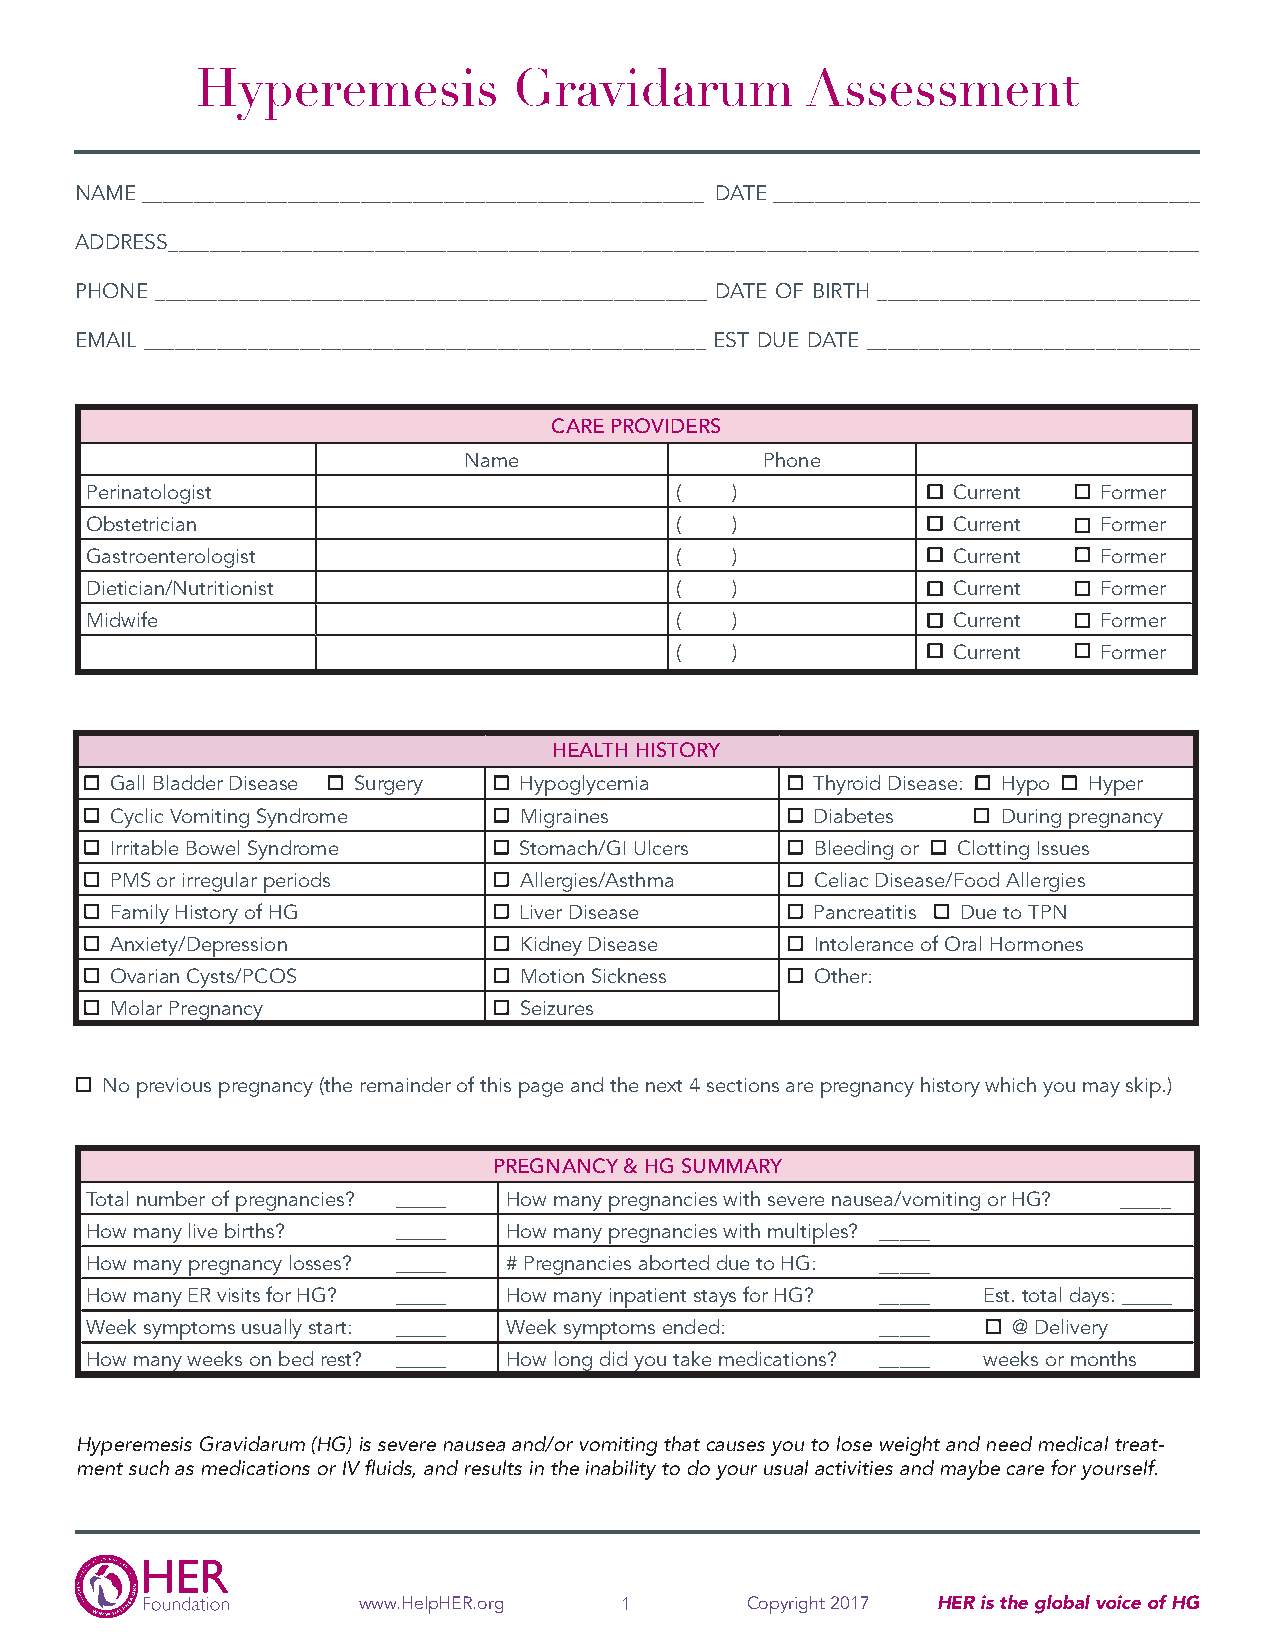
Hyperemesis          Gravidarum         Assessment
 NAME ______________________________________________________ DATE _________________________________________
 ADDRESS ____________________________________________________________________________________________________
 PHONE _____________________________________________________ DATE OF BIRTH _______________________________
 EMAIL ______________________________________________________ EST DUE DATE ________________________________
 CARE PROVIDERS
 Name                Phone
 Perinatologist                         (  )              Current   Former
 Obstetrician                           (  )              Current   Former
 Gastroenterologist                     (  )              Current   Former
 Dietician/Nutritionist                 (  )              Current   Former
 Midwife                                (  )              Current   Former
 (  )              Current   Former
 HEALTH HISTORY
 Gall Bladder Disease Surgery Hypoglycemia      Thyroid Disease: Hypo Hyper
 Cyclic Vomiting Syndrome   Migraines           Diabetes    During pregnancy
 Irritable Bowel Syndrome   Stomach/GI Ulcers   Bleeding or Clotting Issues
 PMS or irregular periods   Allergies/Asthma    Celiac Disease/Food Allergies
 Family History of HG       Liver Disease       Pancreatitis Due to TPN
 Anxiety/Depression         Kidney Disease      Intolerance of Oral Hormones
 Ovarian Cysts/PCOS         Motion Sickness     Other:
 Molar Pregnancy            Seizures
 No previous pregnancy (the remainder of this page and the next 4 sections are pregnancy history which you may skip.)
 PREGNANCY & HG SUMMARY
 Total number of pregnancies? _____ How many pregnancies with severe nausea/vomiting or HG? _____
 How many live births? _____ How many pregnancies with multiples? _____
 How many pregnancy losses? _ _ _ _ _ # Pregnancies aborted due to HG: _____
 How many ER visits for HG? _____ How many inpatient stays for HG? _ _ _ _ _ Est. total days: _____
 Week symptoms usually start: _____ Week symptoms ended: _ _ _ _ _ @ Delivery
 How many weeks on bed rest? _____ How long did you take medications? _ _ _ _ _ weeks or months
 Hyperemesis Gravidarum (HG) is severe nausea and/or vomiting that causes you to lose weight and need medical treat-
 ment such as medications or IV fluids, and results in the inability to do your usual activities and maybe care for yourself.
 www.HelpHER.org  1       Copyright 2017 HER is the global voice of HG